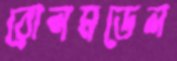
রোলমডেল